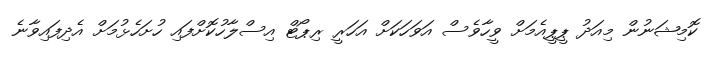
ކޮމިޝަނުން މިއަދު ޕީޕީއެމަށް ވީހާވެސް އަވަހަކަށް އަހަރީ ރިޕޯޓް އިސްލާހުކޮށްފައި ހުށަހެޅުމަށް އެދިފައިވާނެ